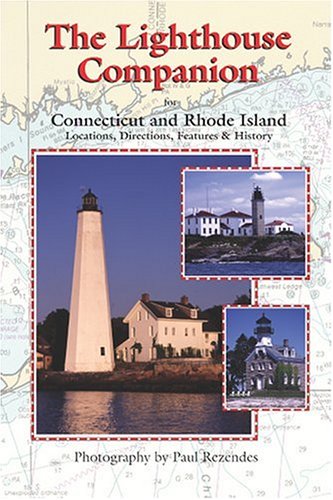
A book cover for The Lighthouse Companion for Connecticut and Rhode Island (The Lighthouse Companion, 1); Paul Rezendes; Travel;